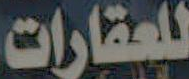
للعقارات